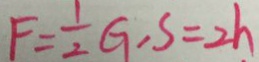
F = \frac { 1 } { 2 } G , S = 2 h